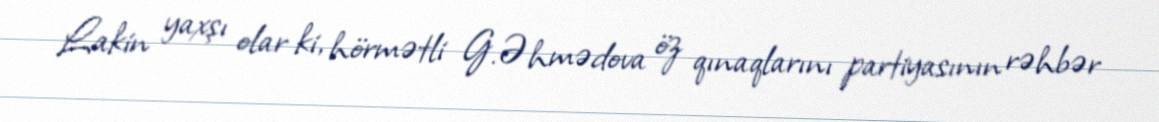
Lakin yaxşı olar ki, hörmətli G.Əhmədova öz qınaqlarını partiyasının rəhbər